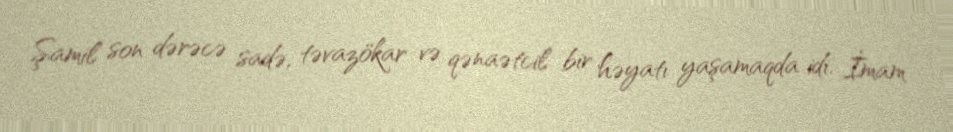
Şamil son dərəcə sadə, təvazökar və qənaətcil bir həyatı yaşamaqda idi. İmam